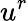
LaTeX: u^{r}